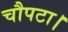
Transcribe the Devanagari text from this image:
चौपटा।